Indian journal of veterinary science and animal husbandry - Volume 3,
Year: 1933
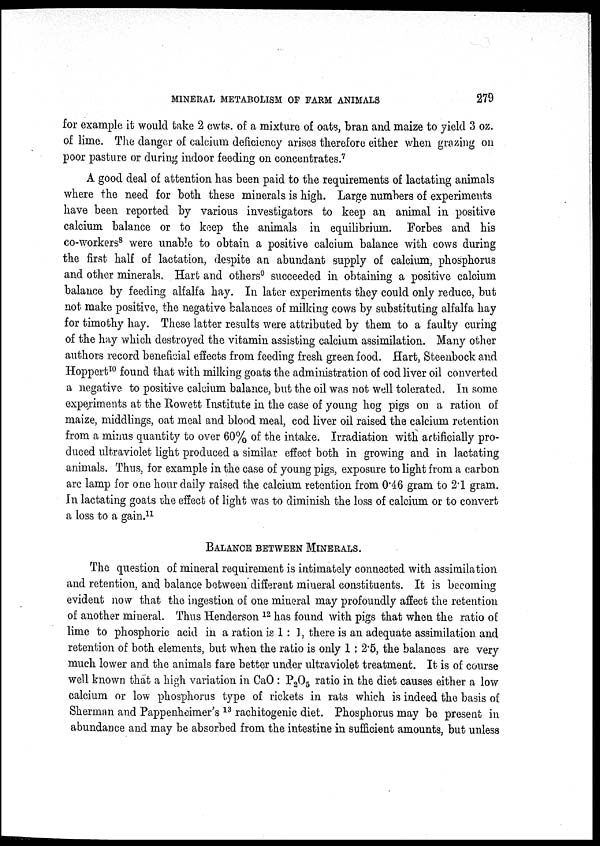
MINERAL METABOLISM OF FARM ANIMALS
279
for example it would take 2 cwts. of a mixture of oats, bran and maize to yield 3 oz.
of lime. The danger of calcium deficiency arises therefore either when grazing on
poor pasture or during indoor feeding on concentrates. 7
A good deal of attention has been paid to the requirements of lactating animals
where the need for both these minerals is high. Large numbers of experiments
have been reported by various investigators to keep an animal in positive
calcium balance or to keep the animals in equilibrium. Forbes and his
co-workers 8 were unable to obtain a positive calcium balance with cows during
the first half of lactation, despite an abundant supply of calcium, phosphorus
and other minerals. Hart and others 9 succeeded in obtaining a positive calcium
balance by feeding alfalfa hay. In later experiments they could only reduce, but
not make positive, the negative balances of milking cows by substituting alfalfa hay
for timothy hay. These latter results were attributed by them to a faulty curing
of the hay which destroyed the vitamin assisting calcium assimilation. Many other
authors record beneficial effects from feeding fresh green food. Hart, Steenbock and
Hoppert 10 found that with milking goats the administration of cod liver oil converted
a negative to positive calcium balance, but the oil was not well tolerated. In some
experiments at the Rowett Institute in the case of young hog pigs on a ration of
maize, middlings, oat meal and blood meal, cod liver oil raised the calcium retention
from a minus quantity to over 60% of the intake. Irradiation with artificially pro-
duced ultraviolet light produced a similar effect both in growing and in lactating
animals. Thus, for example in the case of young pigs, exposure to light from a carbon
are lamp for one hour daily raised the calcium retention from 0.46 gram to 2.1 gram.
In lactating goats the effect of light was to diminish the loss of calcium or to convert
a loss to a gain. 11
BALANCE BETWEEN MINERALS.
The question of mineral requirement is intimately connected with assimilation
and retention, and balance between different mineral constituents. It is becoming
evident now that the ingestion of one mineral may profoundly affect the retention
of another mineral. Thus Henderson 12 has found with pigs that when the ratio of
lime to phosphoric acid in a ration is 1:1, there is an adequate assimilation and
retention of both elements, but when the ratio is only 1 : 2.5, the balances are very
much lower and the animals fare better under ultraviolet treatment. It is of course
well known that a high variation in CaO : P O ratio in the diet causes either a low
calcium or low phosphorus type of rickets in rats which is indeed the basis of
Sherman and Pappenheimer's 13 rachitogenic diet. Phosphorus may be present in
abundance and may be absorbed from the intestine in sufficient amounts, but unless